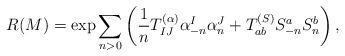
LaTeX: \begin{align*}R(M)=\exp \sum_{n>0} \left({1\over n} T^{(\alpha)}_{IJ}\alpha^I_{-n}{\alpha}^J_{n} + T^{(S)}_{ab}S^a_{-n}{S}^b_{n}\right) ,\end{align*}